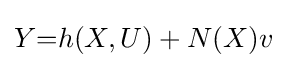
Y{=}h(X,U)+N(X)v